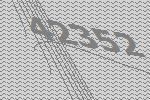
42352